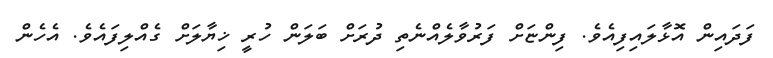
ފަދައިން އޮޅާލައިފިއެވެ. ފިންޏަށް ފަރުވާލެއްނެތި ދުރަށް ބަލަން ހުރީ ޚިޔާލަށް ގެއްލިފައެވެ. އެހެން